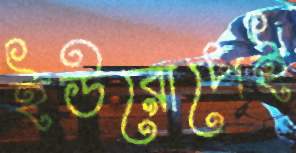
ইউরোপেই